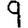
Digit: 9